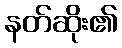
နတ်ဆိုး၏